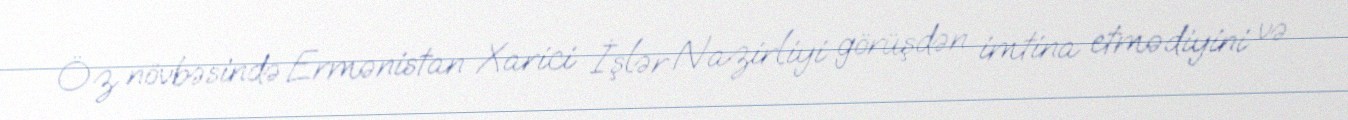
Öz növbəsində Ermənistan Xarici İşlər Nazirliyi görüşdən imtina etmədiyini və